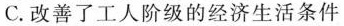
C.改善了工人阶级的经济生活条件